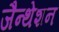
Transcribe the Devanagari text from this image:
जैन्थेशन